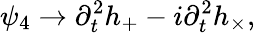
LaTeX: \psi_{4}\rightarrow\partial_{t}^{2}h_{+}-i\partial_{t}^{2}h_{\times},